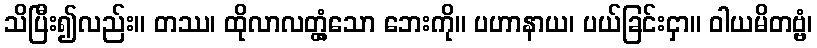
သိပြီး၍လည်း။ တဿ၊ ထိုလာလတ္တံ့သော ဘေးကို။ ပဟာနာယ၊ ပယ်ခြင်းငှာ။ ဝါယမိတဗ္ဗံ၊